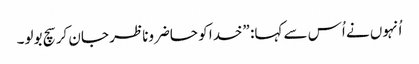
‏ اُنہوں نے اُس سے کہا:‏ ”‏خدا کو حاضروناظر جان کر سچ بولو۔